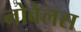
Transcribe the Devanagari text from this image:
नोवेलस